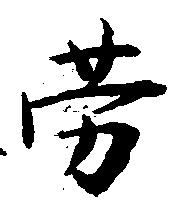
労